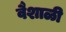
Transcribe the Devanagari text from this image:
वैशाळी